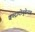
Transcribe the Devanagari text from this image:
क्वाद्रादोयुवेन्टस